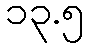
၁၃.၅